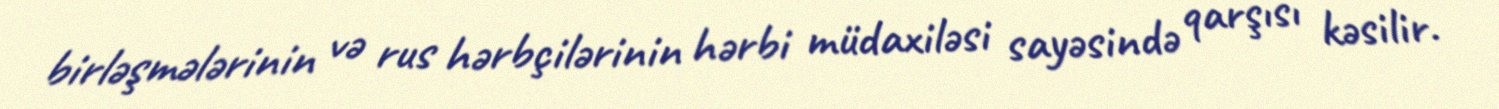
birləşmələrinin və rus hərbçilərinin hərbi müdaxiləsi sayəsində qarşısı kəsilir.